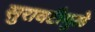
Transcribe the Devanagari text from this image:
सुरावटीमुळे